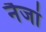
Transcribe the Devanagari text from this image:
नैजां